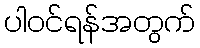
ပါဝင်ရန်အတွက်